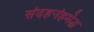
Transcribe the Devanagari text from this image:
संदहनंहमेद्ध